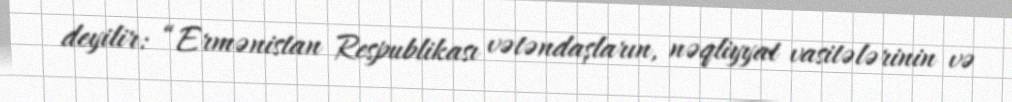
deyilir: “Ermənistan Respublikası vətəndaşların, nəqliyyat vasitələrinin və